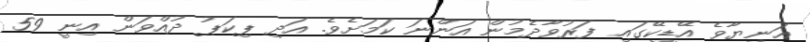
އަނިޔާވެ އޭޑީކޭގައި ފަރުވާދެމުން އަންނަ ކަމަށެވެ. އަދި ޕިކަޕު ދުއްވަން އިނީ 59